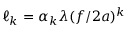
\ell _ { k } = \alpha _ { k } \lambda ( { f } / { 2 a } ) ^ { k }